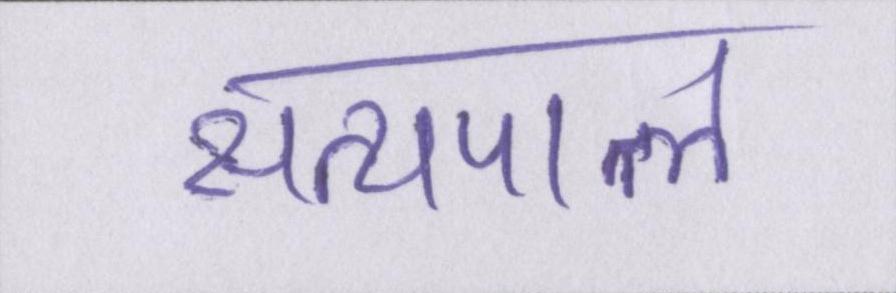
सत्यपाल